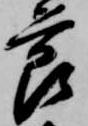
節